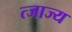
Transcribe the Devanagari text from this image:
त्जाज्य